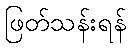
ဖြတ်သန်းရန်